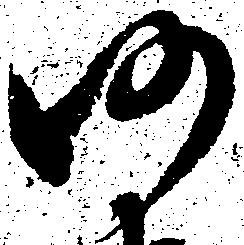
仍